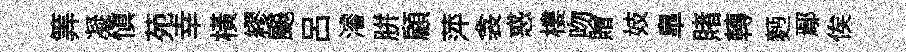
筭凝慎苑幸横繆飇呂濬胼顧萍衾惑樓吻贈妓臯賭轉麪鄢俟